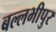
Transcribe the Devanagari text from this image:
बल्लभीपुर